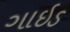
ગાઇડ